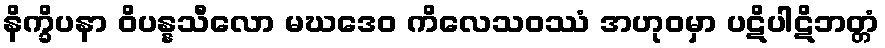
နိက္ခိပနာ ဝိပန္နသီလော မဃဒေဝ ကိလေသဝဿံ အဟုဝမှာ ပဋိပါဋိဘတ္တံ